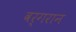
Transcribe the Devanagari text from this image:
वर्गरान